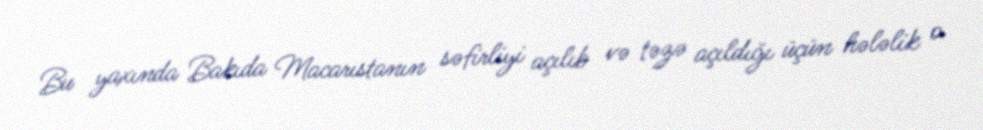
Bu yaxında Bakıda Macarıstanın səfirliyi açılıb və təzə açıldığı üçün hələlik o